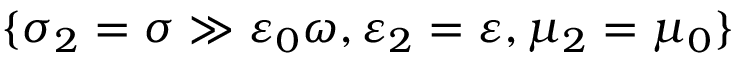
\{ \sigma _ { 2 } = \sigma \gg \varepsilon _ { 0 } \omega , \varepsilon _ { 2 } = \varepsilon , \mu _ { 2 } = \mu _ { 0 } \}